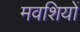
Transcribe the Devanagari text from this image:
मवशियों